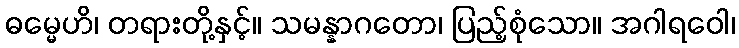
ဓမ္မေဟိ၊ တရားတို့နှင့်။ သမန္နာဂတော၊ ပြည့်စုံသော။ အဂါရဝေါ၊